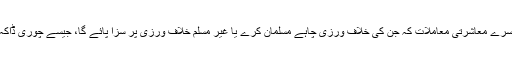
مگر دوسرے معاشرتی معاملات کہ جن کی خلاف ورزی چاہے مسلمان کرے یا غیر مسلم خلاف ورزی پر سزا پائے گا، جیسے چوری ڈاکہ وغیرہ۔